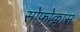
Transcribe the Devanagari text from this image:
सोफोक्लास